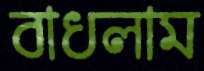
বাধলাম